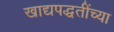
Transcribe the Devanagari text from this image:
खाद्यपद्धतींच्या